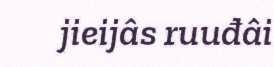
jieijâs ruuđâi